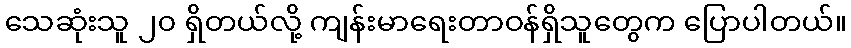
သေဆုံးသူ ၂၀ ရှိတယ်လို့ ကျန်းမာရေးတာဝန်ရှိသူတွေက ပြောပါတယ်။